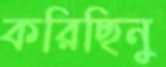
করিছিনু